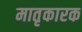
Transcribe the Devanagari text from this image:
मातृकारक